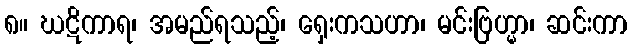
၈။ ဃဋိကာရ၊ အမည်ရသည့်၊ ရှေးကသဟာ၊ မင်းဗြဟ္မာ၊ ဆင်းကာ